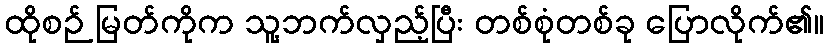
ထိုစဉ် မြတ်ကိုက သူ့ဘက်လှည့်ပြီး တစ်စုံတစ်ခု ပြောလိုက်၏။